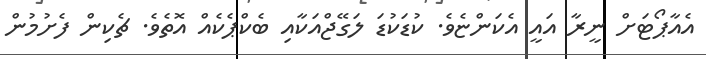
އެއާޕޯޓަށް ނީރާ އައީ އެކަންޏެވެ. ކުޑަކުޑަ ލަގޭޖްއަކާއި ބެކްޕެކެއް އޮތެވެ. ޗެކިން ފެށުމުން